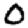
Digit: 0